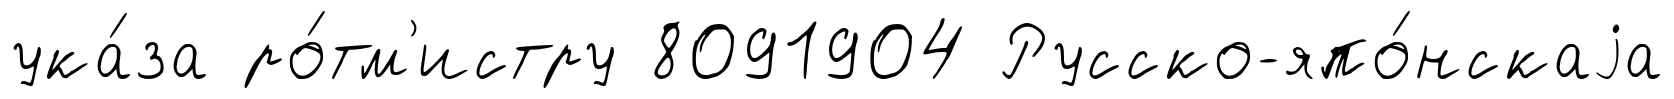
ука́за ро́тм'истру 8091904 Русско-япо́нскаjа